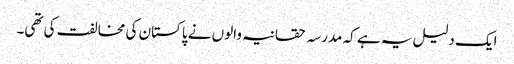
ایک دلیل یہ ہے کہ مدرسہ حقانیہ والوں نے پاکستان کی مخالفت کی تھی۔